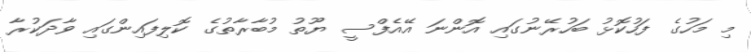
މި މަހުގެ ފަހުކޮޅު ބަހުރޭނުގައި އޮންނަ އޭއެފްސީ ޔޫތު މުބާރާތުގެ ކޮލިފައިންގައި ވާދަކުރާ